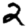
Digit: 2